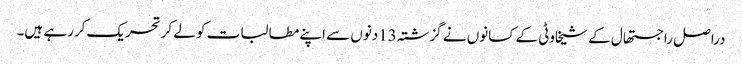
دراصل راجستھال کے شیخاوٹی کے کسانوں نے گزشتہ 13دنوں سے اپنے مطالبات کو لے کرتحریک کررہے ہیں۔